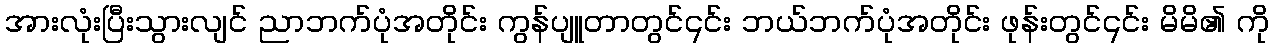
အားလုံးပြီးသွားလျင် ညာဘက်ပုံအတိုင်း ကွန်ပျူတာတွင်၎င်း ဘယ်ဘက်ပုံအတိုင်း ဖုန်းတွင်၎င်း မိမိ၏ ကို